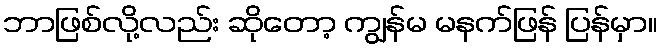
ဘာဖြစ်လို့လည်း ဆိုတော့ ကျွန်မ မနက်ဖြန် ပြန်မှာ။